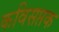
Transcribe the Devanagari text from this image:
कविसप्तक